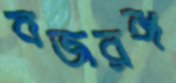
বজরঙ্গ